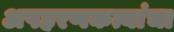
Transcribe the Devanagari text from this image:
अपहरणकत्यांचा